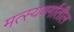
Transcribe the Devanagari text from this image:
मत्स्यवर्गातील